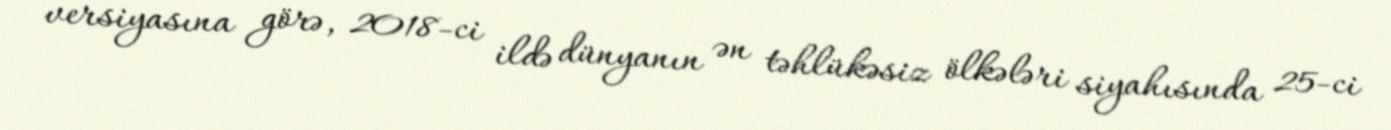
versiyasına görə, 2018-ci ildə dünyanın ən təhlükəsiz ölkələri siyahısında 25-ci